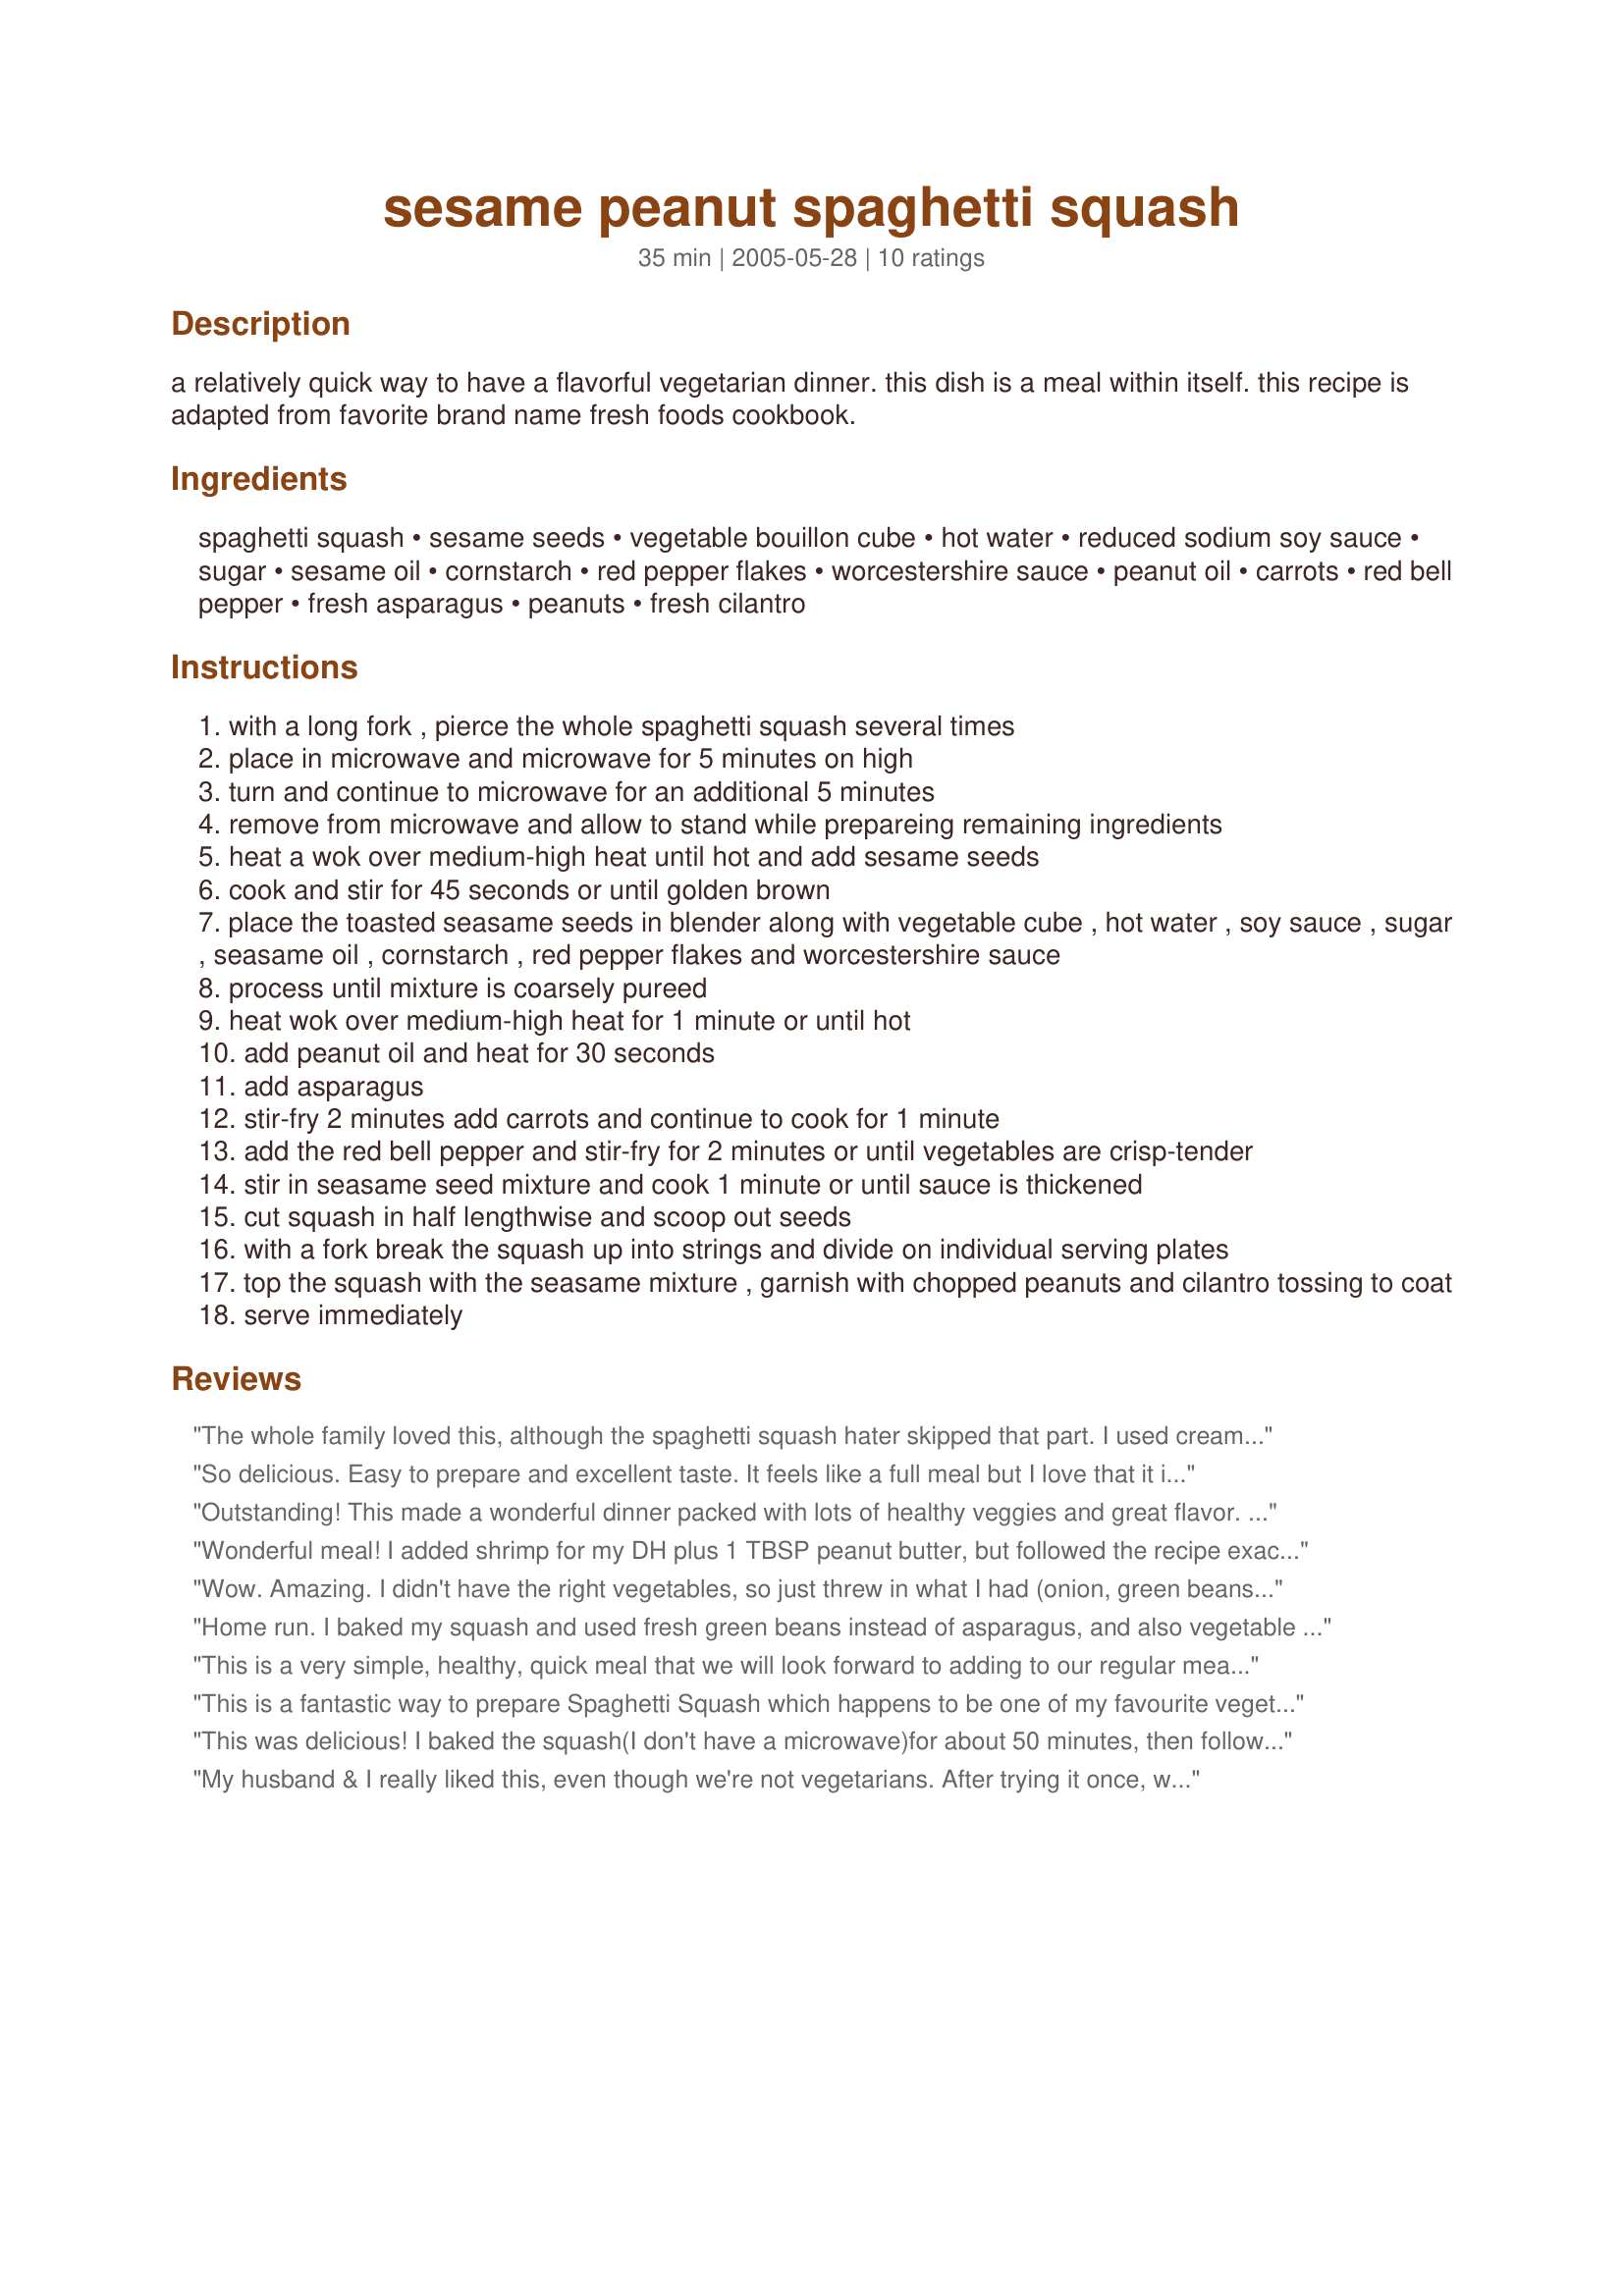
sesame peanut spaghetti squash
Preparation time: 35 minutes

a relatively quick way to have a flavorful vegetarian dinner. this dish is a meal within itself. this recipe is adapted from favorite brand name fresh foods cookbook.

Ingredients:
spaghetti squash, sesame seeds, vegetable bouillon cube, hot water, reduced sodium soy sauce, sugar, sesame oil, cornstarch, red pepper flakes, worcestershire sauce, peanut oil, carrots, red bell pepper, fresh asparagus, peanuts, fresh cilantro

Steps:
with a long fork , pierce the whole spaghetti squash several times
place in microwave and microwave for 5 minutes on high
turn and continue to microwave for an additional 5 minutes
remove from microwave and allow to stand while prepareing remaining ingredients
heat a wok over medium-high heat until hot and add sesame seeds
cook and stir for 45 seconds or until golden brown
place the toasted seasame seeds in blender along with vegetable cube , hot water , soy sauce , sugar , seasame oil , cornstarch , red pepper flakes and worcestershire sauce
process until mixture is coarsely pureed
heat wok over medium-high heat for 1 minute or until hot
add peanut oil and heat for 30 seconds
add asparagus
stir-fry 2 minutes add carrots and continue to cook for 1 minute
add the red bell pepper and stir-fry for 2 minutes or until vegetables are crisp-tender
stir in seasame seed mixture and cook 1 minute or until sauce is thickened
cut squash in half lengthwise and scoop out seeds
with a fork break the squash up into strings and divide on individual serving plates
top the squash with the seasame mixture , garnish with chopped peanuts and cilantro tossing to coat
serve immediately

Reviews:
The whole family loved this, although the spaghetti squash hater skipped that part. I used creamy peanut butter instead of peanuts (for the nut hater). I'm sure that changed the dish some, but I doubt that it changed it much. The flavors were really nice - the vegetables all shone through and the sauce ingredients blended nicely. We'll definitely have this again!
So delicious. Easy to prepare and excellent taste. It feels like a full meal but I love that it is all veggie. Will definitely be making this again. Thank!
Outstanding! This made a wonderful dinner packed with lots of healthy veggies and great flavor. I added a couple of teaspoons of peanut butter to my portion and liked it better that way.
Wonderful meal! I added shrimp for my DH plus 1 TBSP peanut butter, but followed the recipe exactly. Quick prep, wonderful flavors, great texture and creative use for spaghetti squash.
Wow. Amazing. I didn't have the right vegetables, so just threw in what I had (onion, green beans and tomatoes) but I think any veggies would be great. The sauce is just fantastic with the spaghetti squash. I cooked the squash itself in my crockpot (high 4 hours, 2 inches water) since we don't have a microwave. I also used cashews rather than peanuts. Yum, yum, yum. Thank you so much for posting this!
Home run. I baked my squash and used fresh green beans instead of asparagus, and also vegetable broth instead of bouillon + water. I love this and it is going straight to my keeper file!
This is a very simple, healthy, quick meal that we will look forward to adding to our regular meals. I didn't have the asparagus, which was ok because there was more than enough food for the two of us. Also, I used chicken broth rather than the bouillon and water. Thanks for posting!
This is a fantastic way to prepare Spaghetti Squash which happens to be one of my favourite vegetables, and my garden is overflowing right now!! Perfect timing to come across this recipe!
Well balanced ingredients really compliment one another in this well written and easy to follow recipe.
Thanks for a winner!
This was delicious! I baked the squash(I don't have a microwave)for about 50 minutes, then followed the rest of the recipe. It looked so pretty and tasted wonderful! My DH and his friend loved it too. Thank you Paula!
My husband & I really liked this, even though we're not vegetarians. After trying it once, we served it when we had a vegetarian guest visit, and he enjoyed it too. I mixed the topping in with the spaghetti squash, which gave the squash the nice flavor, but made it look kind of disgusting. I couldn't find asparagus the first time I made it, so I used frozen stir-fry veggies instead of the fresh carrots, bell pepper & asparagus, which had the added benefit of cutting prep time.
